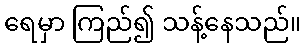
ရေမှာ ကြည်၍ သန့်နေသည်။